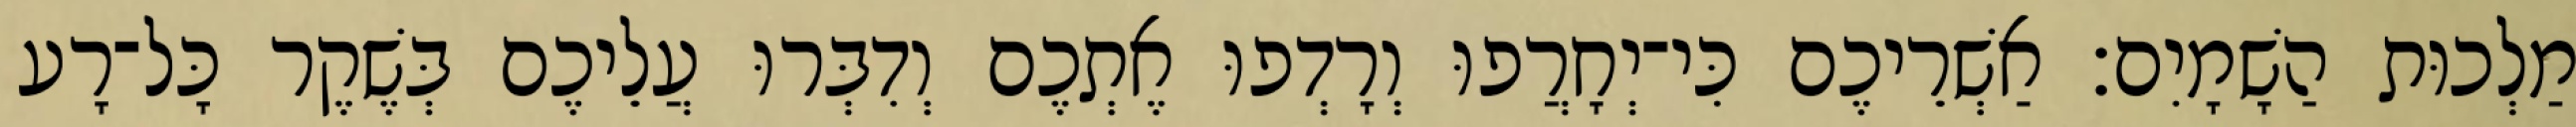
מַלְכוּת הַשָׁמָיִם׃ אַשְׁרֵיכֶם כִּי־יְחָרֲפוּ וְרָדְפוּ אֶתְכֶם וְדִבְּרוּ עֲלֵיכֶם בְּשֶׁקֶר כָּל־רָע